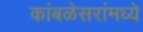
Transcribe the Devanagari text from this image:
कांबळेसरांमध्ये